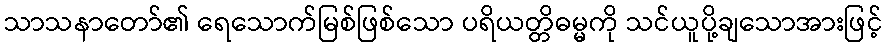
သာသနာတော်၏ ရေသောက်မြစ်ဖြစ်သော ပရိယတ္တိဓမ္မကို သင်ယူပို့ချသောအားဖြင့်